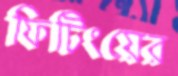
ফিটিংয়ের